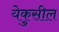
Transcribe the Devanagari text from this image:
येकुसील